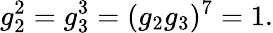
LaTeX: g_{2}^{2}=g_{3}^{3}=(g_{2}g_{3})^{7}=1.